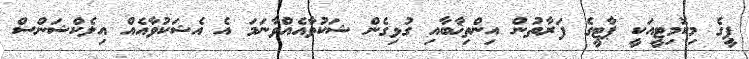
ޕީގެ މިކޮމިޓީއަކީ ޕާޓީގެ ފަރާތުން އިންތިޚާބާއި ގުޅިގެން ޝަކުވާއެއްވާނަމަ އެ އެޝަކުވާއެއް އިލެކްޝަންސް